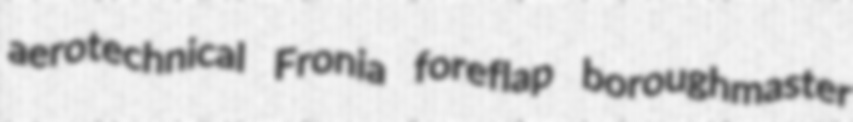
aerotechnical Fronia foreflap boroughmaster